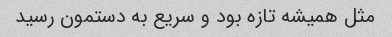
مثل همیشه تازه بود و سریع به دستمون رسید